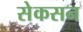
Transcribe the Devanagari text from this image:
सेकसन